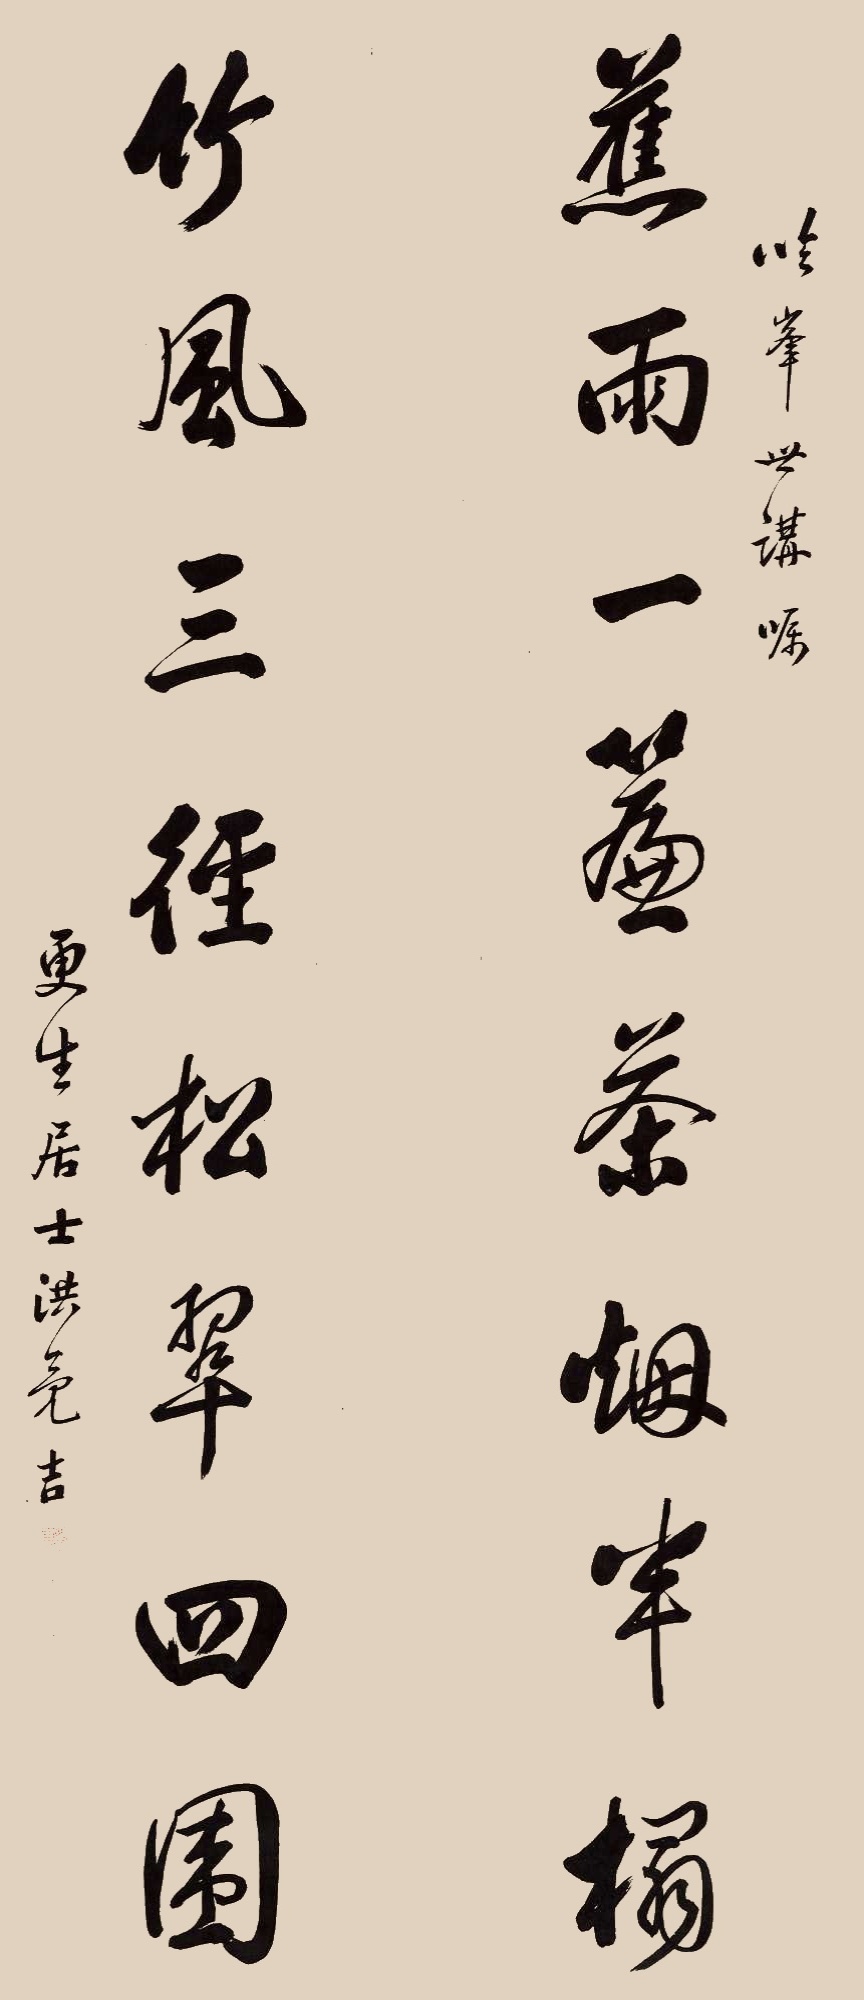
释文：蕉雨一帘茶烟半榻，竹风三径松翠四围。临峰世讲嘱，更生居士洪亮吉。